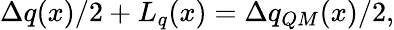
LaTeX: \Delta q(x)/2+L_{q}(x)=\Delta q_{QM}(x)/2,